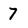
Character: 7